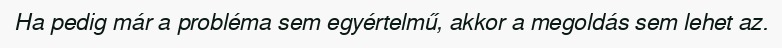
Ha pedig már a probléma sem egyértelmű, akkor a megoldás sem lehet az.